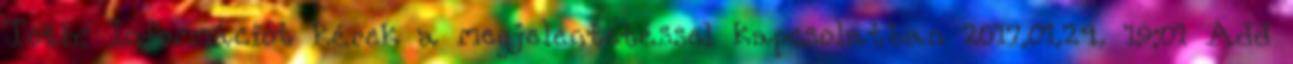
Toth: Információt kérek a megjelentetéssel kapcsolatban 2017.01.24. 19:01 Add